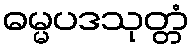
ဓမ္မပဒသုတ္တံ